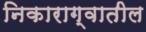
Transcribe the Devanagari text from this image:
निकाराग्वातील